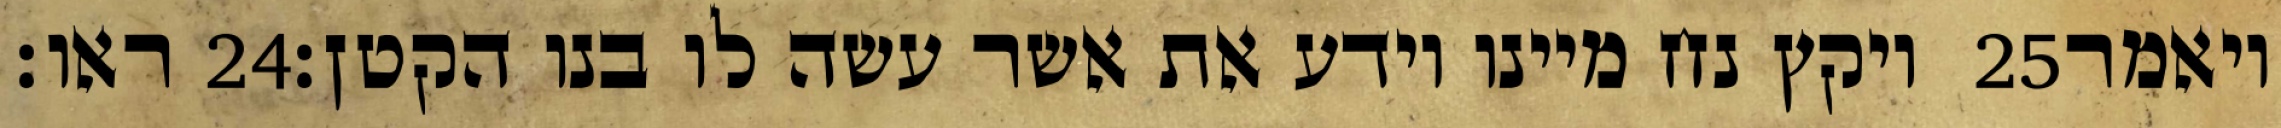
ראו׃ ‎24‏ ויקץ נח מיינו וידע את אשר עשה לו בנו הקטן׃ ‎25‏ ויאמר